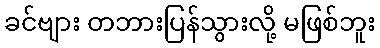
ခင်ဗျား တဘားပြန်သွားလို့ မဖြစ်ဘူး